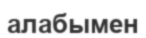
алабымен